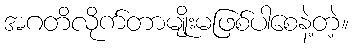
အဂတိလိုက်တာမျိုးမဖြစ်ပါစေနဲ့တဲ့။